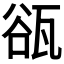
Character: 𤭏